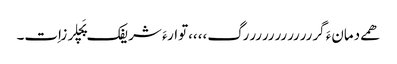
ھمے دمانءَ گررررررررررررگ،،،،توارءَ شریفک پَچلرزاِت۔